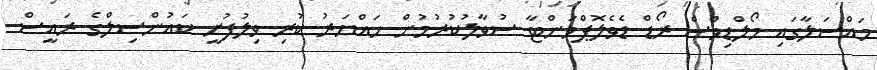
މައްސަލާގައި މޯލްޑިވްސް ރޯޑް ޑެވެލޮޕްމަންޓާ ސުވާލުކުރުމުން ހައްޔަރު ކުރި ވިލުފުށީ ކައުންސިލްގެ ރައީސް